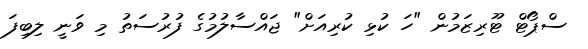
ސްޕޯޓް ޓޫރިޒަމުން "ހަ ކުޅި ކުރިއަށް" ޖައްސާލުމުގެ ފުރުސަތު މި ވަނީ ލިބިފަ